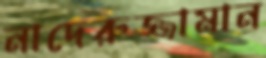
নাদেরুজ্জামান